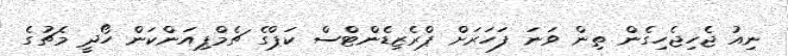
ނިއު ޖެހިޖެހިގެން ތިން ވަނަ ފަހަރަށް ޕްރެޒިޑެންޓްސް ކަޕްގެ ޗެމްޕިއަންކަން ހޯދީ މެޗުގެ